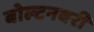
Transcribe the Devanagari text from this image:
बोल्टनबरी